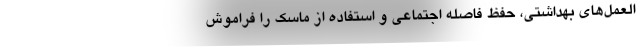
العمل‌های بهداشتی، حفظ فاصله اجتماعی و استفاده از ماسک را فراموش